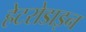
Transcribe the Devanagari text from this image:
हेटरोडाइन